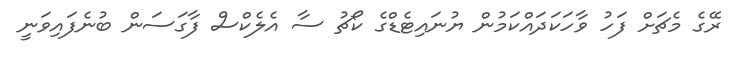
ރޭގެ މެޗަށް ފަހު ވާހަކަދައްކަމުން ޔުނައިޓެޑްގެ ކޯޗު ސާ އެލެކްސް ފާގަސަން ބުނެފައިވަނީ